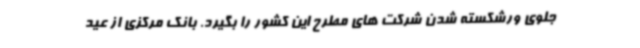
جلوی ورشکسته شدن شرکت های مطرح این کشور را بگیرد. بانک مرکزی از عید